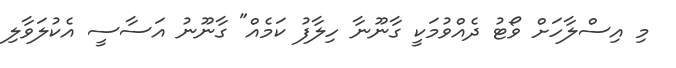
މި އިސްލާހަށް ވޯޓު ދެއްވުމަކީ ގާނޫނާ ހިލާފު ކަމެއް" ގާނޫނު އަސާސީ އެކުލަވާލި